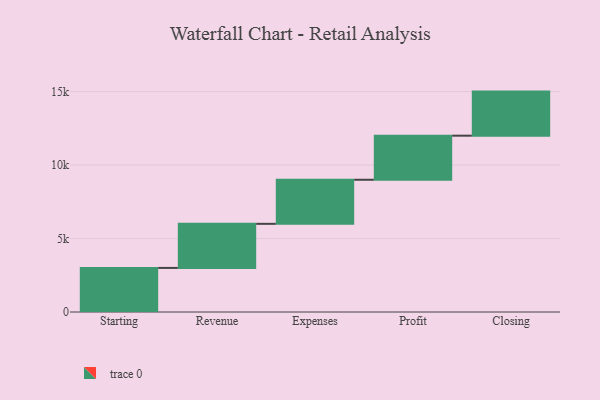
{"axis": {"x": "Step", "y": "Value"}, "legend": [""], "data": [{"x": "Starting", "y": 3000, "type": ""}, {"x": "Revenue", "y": 3000, "type": ""}, {"x": "Expenses", "y": 3000, "type": ""}, {"x": "Profit", "y": 3000, "type": ""}, {"x": "Closing", "y": 3000, "type": ""}]}